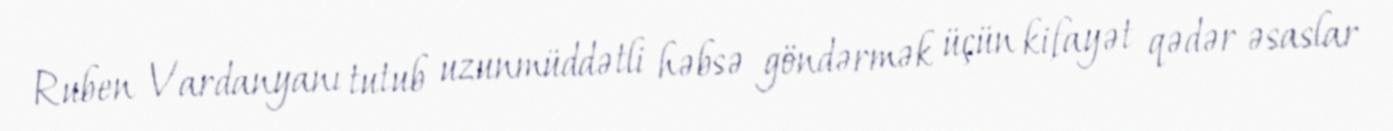
Ruben Vardanyanı tutub uzunmüddətli həbsə göndərmək üçün kifayət qədər əsaslar